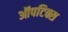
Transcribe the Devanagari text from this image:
ऑपटिक्स